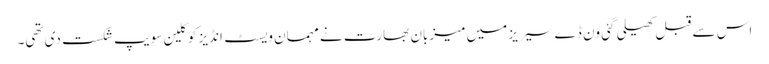
اس سے قبل کھیلی گئی ون ڈے سیریز میں میزبان بھارت نے مہمان ویسٹ انڈیز کو کلین سویپ شکست دی تھی۔